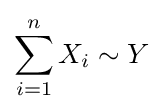
\sum _{i=1}^{n}X_{i}\sim Y